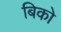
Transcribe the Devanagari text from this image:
बिको